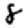
Digit: 8